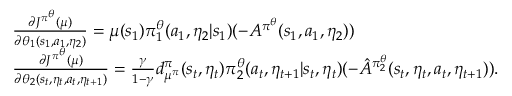
\begin{array} { r l } & { \frac { \partial J ^ { \pi ^ { \theta } } ( \mu ) } { \partial \theta _ { 1 } ( s _ { 1 } , a _ { 1 } , \eta _ { 2 } ) } = \mu ( s _ { 1 } ) \pi _ { 1 } ^ { \theta } ( a _ { 1 } , \eta _ { 2 } | s _ { 1 } ) ( - A ^ { \pi ^ { \theta } } ( s _ { 1 } , a _ { 1 } , \eta _ { 2 } ) ) } \\ & { \frac { \partial J ^ { \pi ^ { \theta } } ( \mu ) } { \partial \theta _ { 2 } ( s _ { t } , \eta _ { t } , a _ { t } , \eta _ { t + 1 } ) } = \frac { \gamma } { 1 - \gamma } d _ { \mu ^ { \pi } } ^ { \pi } ( s _ { t } , \eta _ { t } ) \pi _ { 2 } ^ { \theta } ( a _ { t } , \eta _ { t + 1 } | s _ { t } , \eta _ { t } ) ( - \hat { A } ^ { \pi _ { 2 } ^ { \theta } } ( s _ { t } , \eta _ { t } , a _ { t } , \eta _ { t + 1 } ) ) . } \end{array}